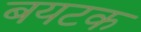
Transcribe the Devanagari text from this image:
बयटक